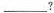
___？